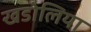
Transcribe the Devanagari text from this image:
खडोलिया